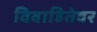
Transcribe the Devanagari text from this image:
विवाहितेवर